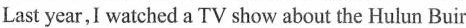
Last year,I watched a TV show about the Hulun Buir